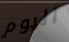
اليوم